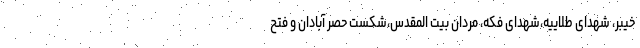
خیبر، شهدای طلاییه،شهدای فکه، مردان بیت المقدس،شکست حصر آبادان و فتح